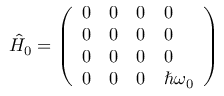
\begin{array} { r } { \hat { H } _ { 0 } = \left( \begin{array} { l l l l } { 0 } & { 0 } & { 0 } & { 0 } \\ { 0 } & { 0 } & { 0 } & { 0 } \\ { 0 } & { 0 } & { 0 } & { 0 } \\ { 0 } & { 0 } & { 0 } & { \hbar \omega _ { 0 } } \end{array} \right) } \end{array}